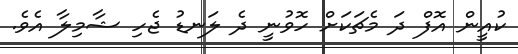
ކުއީން އޮފް ދަ މެޗަކަށް ހޮވުނީ ދެ ލަނޑު ޖެހި ޝާމިލާ އެވެ.